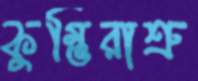
কুম্ভিরাশ্রু